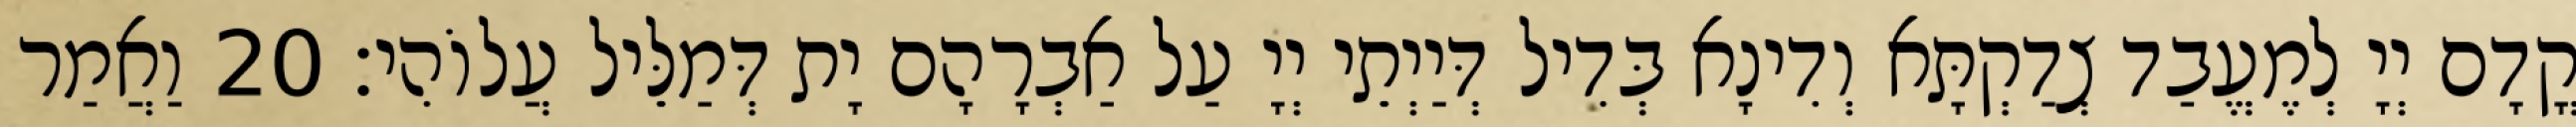
קֳדָם יְיָ לְמֶעֱבַד צְדַקְתָּא וְדִינָא בְּדִיל דְּיַיְתֵי יְיָ עַל אַבְרָהָם יָת דְּמַלֵּיל עֲלוֹהִי׃ 20 וַאֲמַר